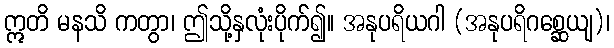
ဣတိ မနသိ ကတွာ၊ ဤသို့နှလုံးပိုက်၍။ အနုပရိယဂါ (အနုပရိဂစ္ဆေယျ)၊